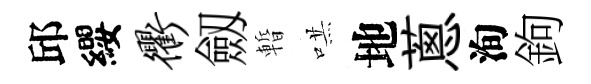
邱纓衢劔暫哄地蔥洵鉤